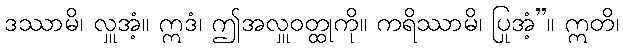
ဒဿာမိ၊ လှူအံ့။ ဣဒံ၊ ဤအလှူဝတ္ထုကို။ ကရိဿာမိ၊ ပြုအံ့”။ ဣတိ၊